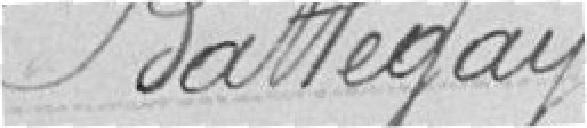
Battegay